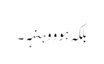
بلکہ ہو و وہنہہ۔